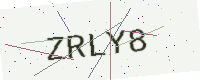
Text: ZRLY8